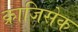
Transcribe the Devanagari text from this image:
क्राजिसेक